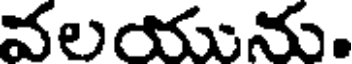
వలయును.